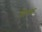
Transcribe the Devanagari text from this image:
वीरक